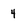
Character: 4